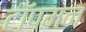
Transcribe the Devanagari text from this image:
टॉपमन